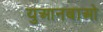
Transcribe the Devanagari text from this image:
युआनबाओ